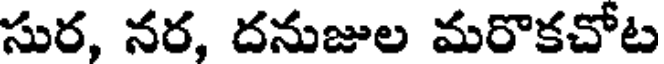
సుర, నర, దనుజుల మరొకచోట